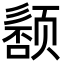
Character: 𬱰